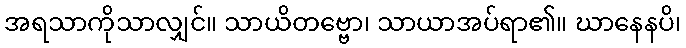
အရသာကိုသာလျှင်။ သာယိတဗ္ဗော၊ သာယာအပ်ရာ၏။ ဃာနေနပိ၊